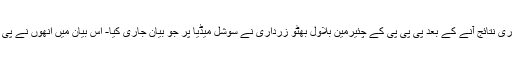
پی ایس-11 کے کل 138 پولنگ اسٹیشن کے غیر حتمی و غیر سرکاری نتائج آنے کے بعد پی پی پی کے چئیرمین بلاول بھٹو زرداری نے سوشل میڈیا پر جو بیان جاری کیا- اس بیان میں انھوں نے پی ایس-11 لاڑکانہ کے رزلٹ کو ہر فورم پر چیلنج کرنے کا عندیہ دیا۔